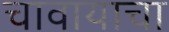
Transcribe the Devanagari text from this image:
चावायाचा